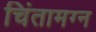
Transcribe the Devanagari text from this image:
चिंतामग्न